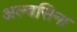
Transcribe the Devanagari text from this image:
अल्बसिना